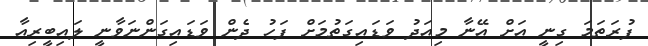
ފުރަތަމަ ގިނީ އަށް އޭނާ މިއަދު ވަޑައިގަތުމަށް ފަހު ދެން ވަޑައިގަންނަވާނީ ލައިބީރިއާ